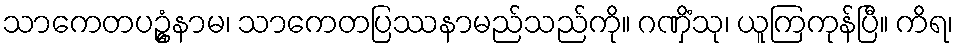
သာကေတပဥ္ဓံနာမ၊ သာကေတပြဿနာမည်သည်ကို။ ဂဏှိံသု၊ ယူကြကုန်ပြီ။ ကိရ၊